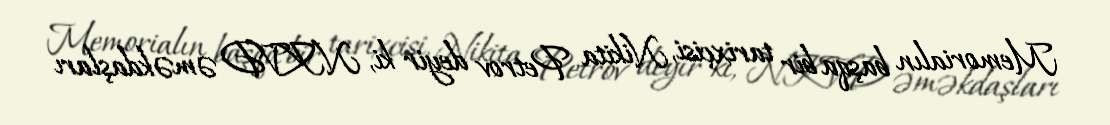
Memorialın başqa bir tarixçisi, Nikita Petrov deyir ki, NKVD əməkdaşları